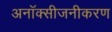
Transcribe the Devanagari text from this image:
अनॉक्सीजनीकरण